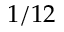
1 / 1 2